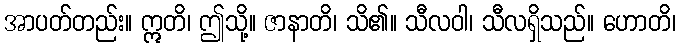
အာပတ်တည်း။ ဣတိ၊ ဤသို့။ ဇာနာတိ၊ သိ၏။ သီလဝါ၊ သီလရှိသည်။ ဟောတိ၊